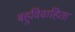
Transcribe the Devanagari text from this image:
बहुविवाहिता